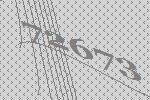
72673